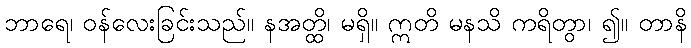
ဘာရေ၊ ဝန်လေးခြင်းသည်။ နအတ္ထိ၊ မရှိ။ ဣတိ မနသိ ကရိတွာ၊ ၍။ တာနိ